Indian journal of veterinary science and animal husbandry - Volumes 18-21, 1948-1951
Year: 1948
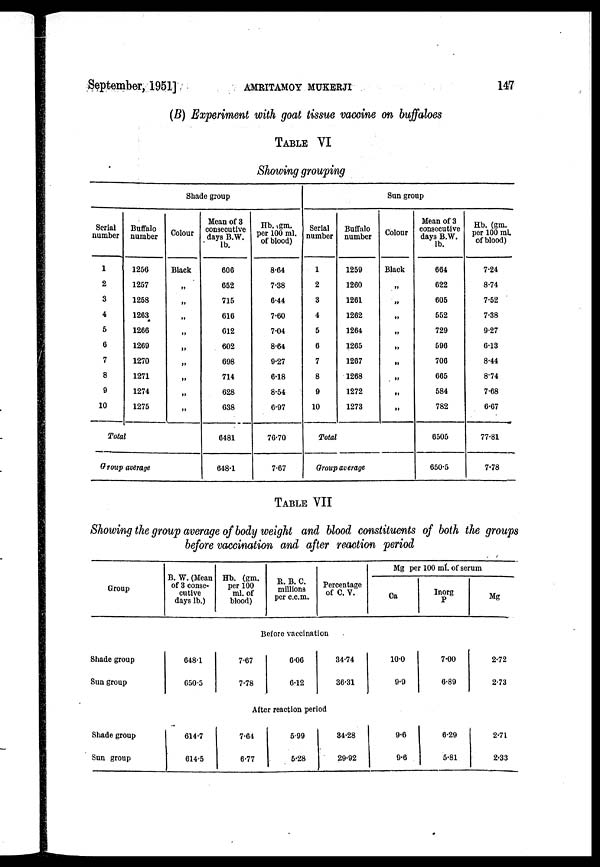
September, 1951]
AMRITAMOY
MUKHERJI
147
(B) Experiment with goat tissue vaccine on buffaloes
TABLE VI
Showing grouping
Shade group
Serial
number
1
2
3
4
5
6
7
8
9
10
Buffalo
number
1256
1257
1258
1263
1266
1269
1270
1271
1274
1275
Colour
Black
„
„
„
„
„
„
„
„
„
Total
Group average
Mean of 3
consecutive
days B.W.
lb.
606
652
715
616
612
602
698
714
628
638
6481
648.1
Hb.gm.
per 100 ml.
of blood)
8.64
7.38
6.44
7.60
7.04
8.64
9.27
6.18
8.54
6.97
76.70
7.67
Sun group
Serial
number
1
2
3
4
5
6
7
8
9
10
Buffalo
number
1259
1260
1261
1262
1264
1265
1267
1268
1272
1273
Colour
Black
Total
Group average
Mean of 3
consecutive
days B.W.
lb.
664
622
605
552
729
596
706
665
584
782
6505
650.5
Hb. (gm.
per 100 ml.
of blood)
7.24
8.74
7.52
7.38
9.27
6.13
8.44
8.74
7.68
6.67
77.81
7.78
TABLE VII
Showing the group average of body weight and blood constituents of both the groups
before vaccination and after reaction period
Group
B. W. (Mean
of 3 conse-
cutive
days lb.)
Hb. (gm.
per 100
ml. of
blood)
R. B. C.
millions
per c.c.m.
Percentage
of C. V.
Mg per 100 ml. of serum
Ca
Inorg
P
Mg
Before vaccination
Shade group
Sun group
648.1
650.5
7.67
7.78
606
6.12
34.74
36.31
10.0
9.9
7.00
6.89
2.72
2.73
After reaction period
Shade group
Sun group
614.7
614.5
7.64
6.77
5.99
5.28
34.28
29.92
9.6
9.6
6.29
5.81
2.71
2.33